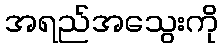
အရည်အသွေးကို